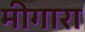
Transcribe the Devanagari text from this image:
मीगारा